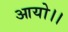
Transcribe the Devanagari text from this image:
आयो।।